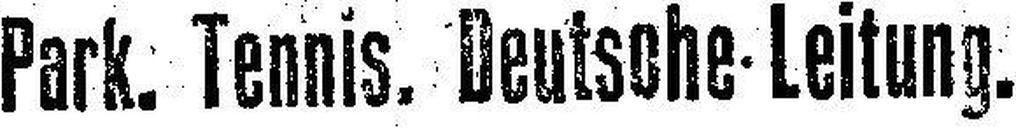
Park. Tennis. Deutsche Leitung.